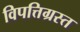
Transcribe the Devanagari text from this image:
विपत्तिग्रस्त